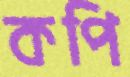
কপি